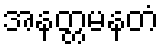
အနတ္တမနတံ